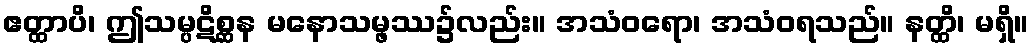
ဧတ္ထာပိ၊ ဤသမ္ပဋိစ္ဆန မနောသမ္ဖဿ၌လည်း။ အသံဝရော၊ အသံဝရသည်။ နတ္ထိ၊ မရှိ။